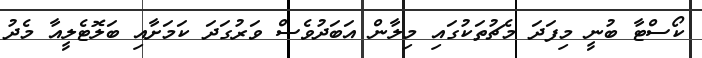
ކޯސްޓާ ބުނީ މިފަދަ މެޗުތަކުގައި މިލާން އަބަދުވެސް ވަރުގަދަ ކަމަށާއި ބަލޮޓެލީއާ މެދު